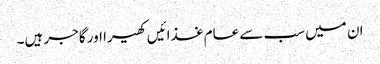
ان میں سب سے عام غذائیں کھیرا اور گاجر ہیں۔